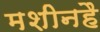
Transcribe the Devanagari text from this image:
मशीनहै